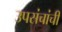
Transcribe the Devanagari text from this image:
उपसंचांची